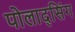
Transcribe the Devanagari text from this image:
पोलाद्सिंग